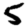
Digit: 5